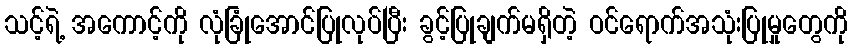
သင့်ရဲ့ အကောင့်ကို လုံခြုံအောင်ပြုလုပ်ပြီး ခွင့်ပြုချက်မရှိတဲ့ ဝင်ရောက်အသုံးပြုမှုတွေကို